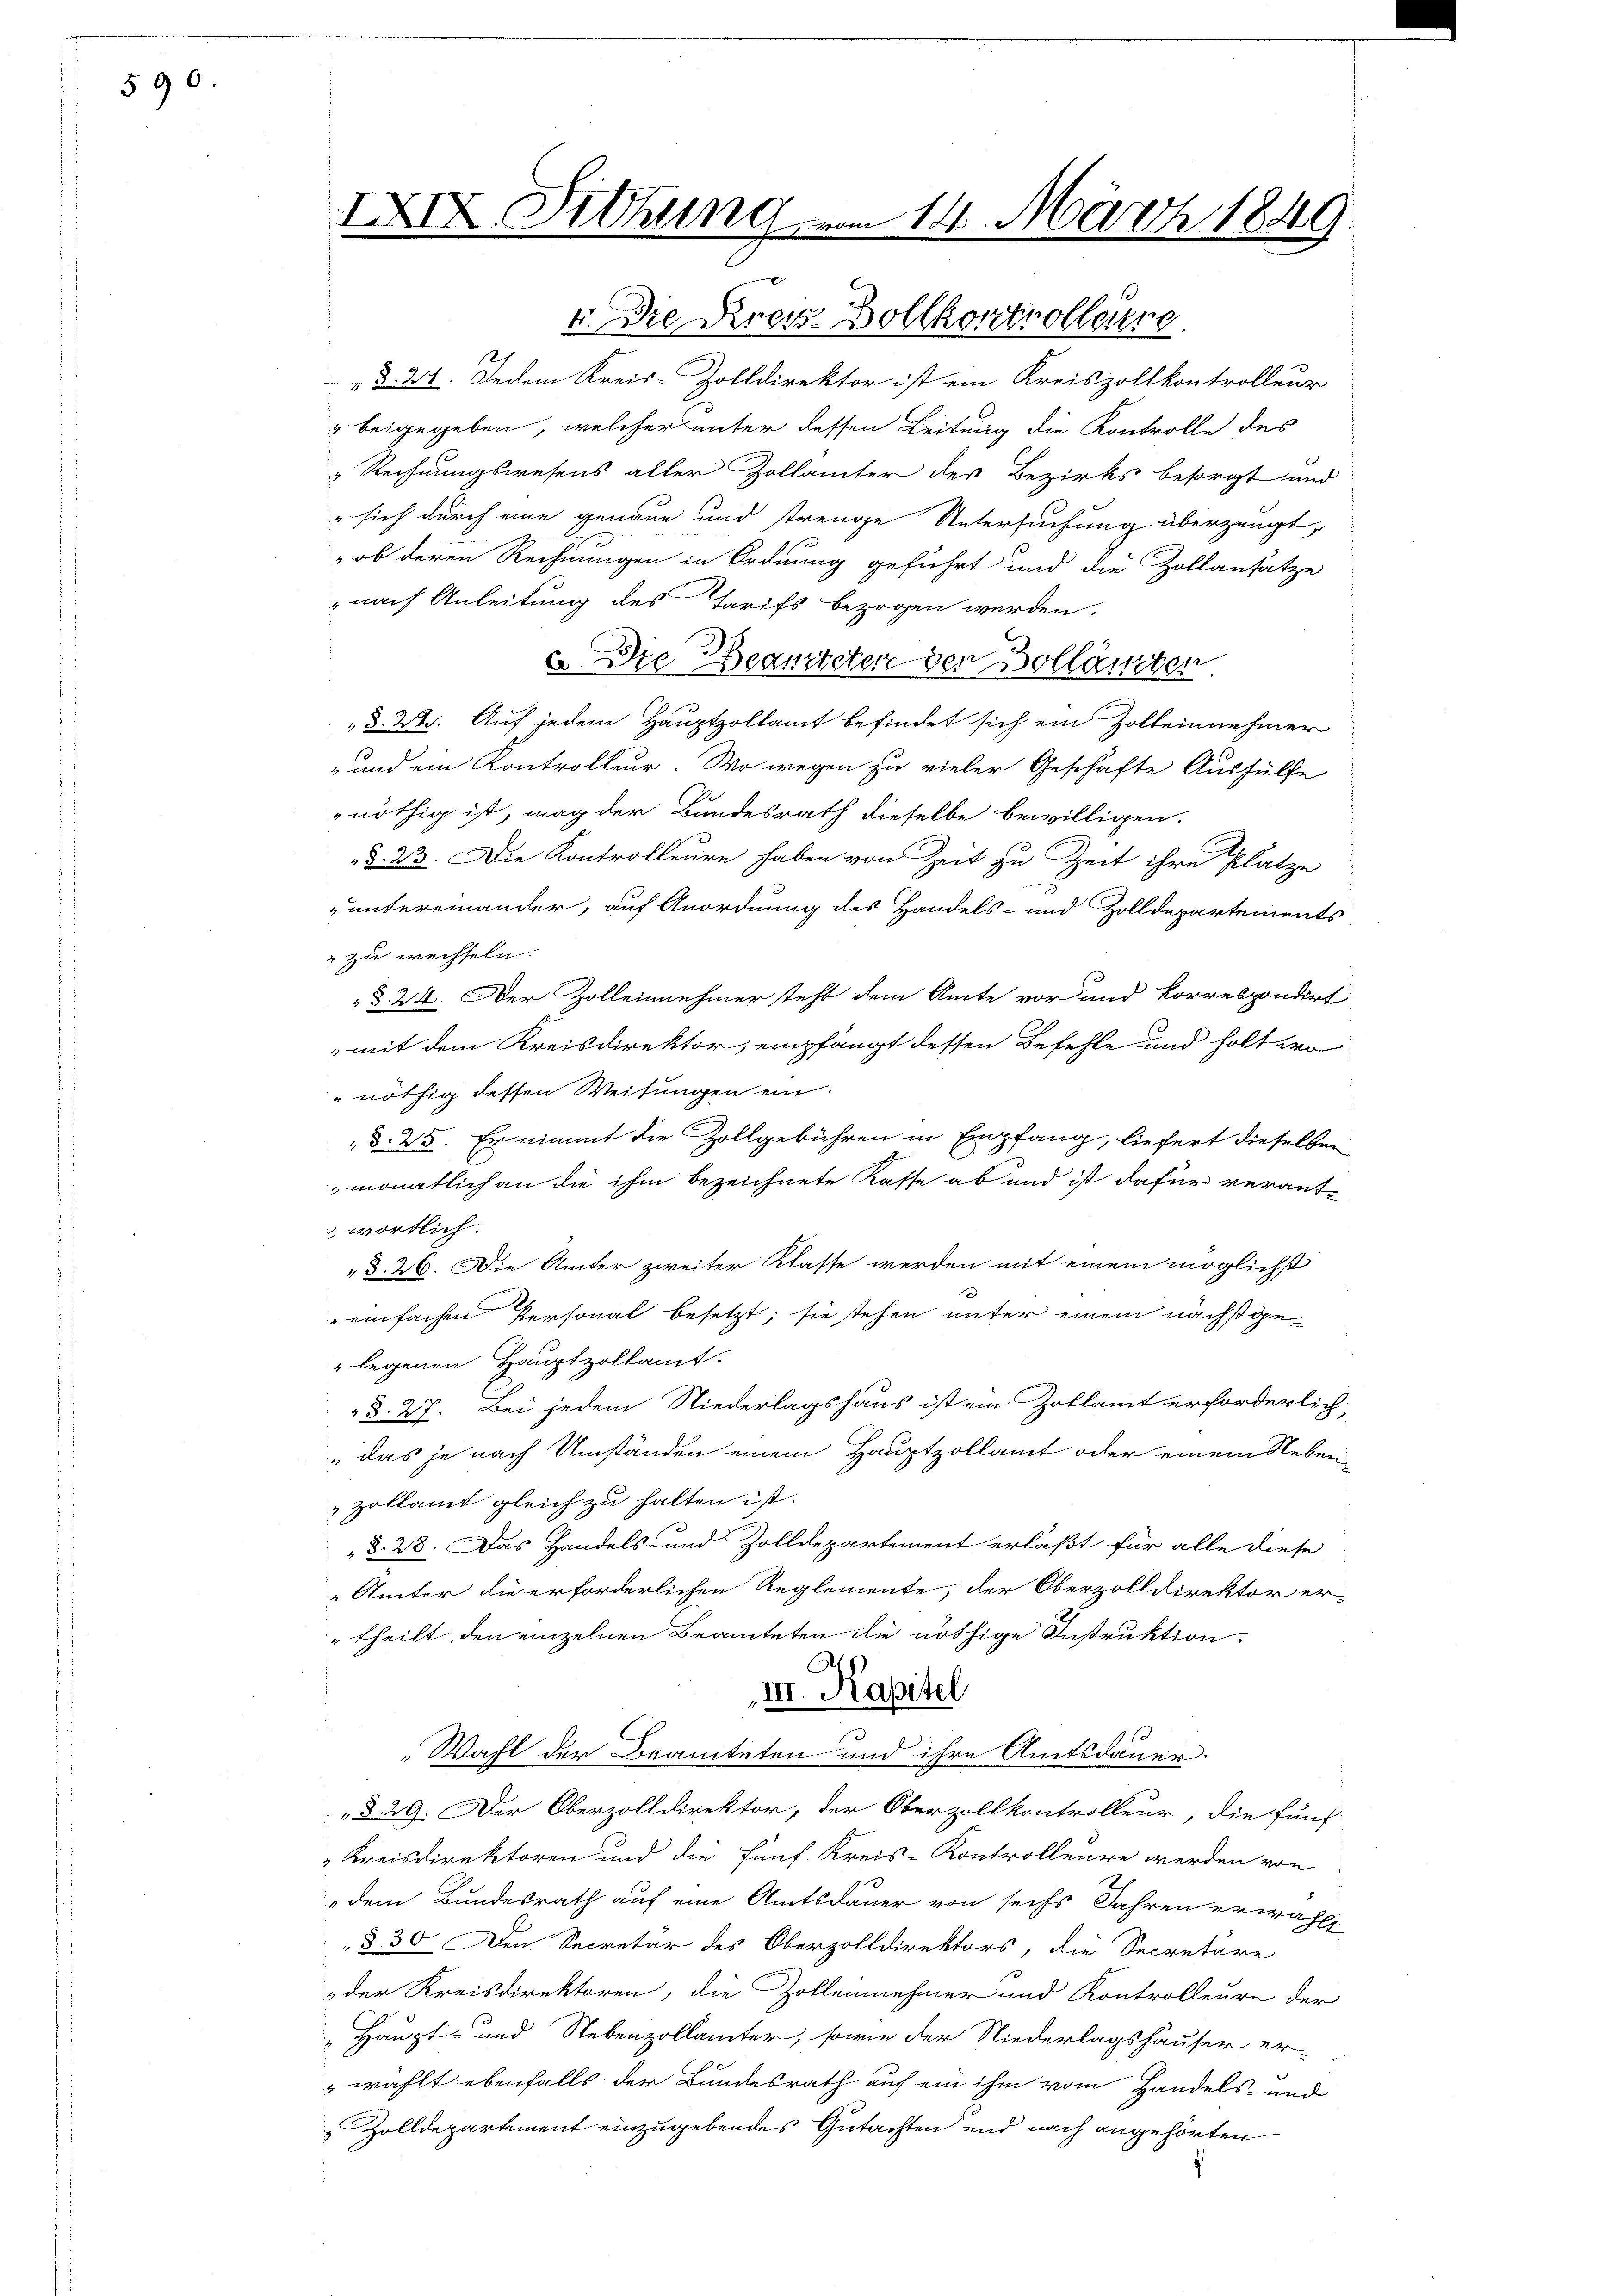
590.

IXIX. Sitzung

„§. 2. Jedem Kreis-Zolldirektor ist ein Kreiszollkontrolleur
" beigegeben, welcher unter dessen Leitung die Kontrolle des
„Rechnungswesens aller Zollämter der Bezirks besorgt und
" sich durch eine genaue und strenge Untersuchung überzeugt,
„ob deren Rechnungen in Ordnung geführt und die Zollansatze
 nach Anleitung des Tarifs bezogen werden.
u. Die Beansteten den Hollämter
 d. 2. Auf jedem Hauptzollamt befindet sich ein Zolleinnehmer
-und ein Kontrolleur. Wo wegen zu vieler Geschäfte Aushülfe
nöthig ist, mag der Bundesrath dieselbe bewilligen.
§. 23. Die Kontrolleure haben von Zeit zu Zeit ihre Platze
n
untereinander, auf Anordnung des Handels- und Zolldepartements
 zu wechseln.
§. 24. Der Zolleinehmer steht dem Amte vor und korrespondirt
mit dem Kreisdirektor, empfängt dessen Befehle und holt wo
nöthig dessen Weisungen ein
d. 25. Er nimmt die Zollgebühren in Empfang, liefert dieselben
monatlich an die ihm bezeichnete Kasse ab und ist dafür verant-
 wörtlich.
§. 26. Die Ämter zweiter Klasse werden mit einem möglichst
einfachen Personal besetzt; sie stehen unter einem nächstge¬
" legenen Hauptzolkamt.
§. 27. Bei jedem Niederlagshaus ist ein Zollamt erforderlich,
"das je nach Umständen einem Hauptzollamt oder einem Nebenzollamt gleich zu halten ist.
§. 28. Das Handels- und Zolldepartement erläßt für alle diese
Umter die erforderlichen Reglemente, der Oberzolldirektor er-
" theilt, den einzelnen Beamteten die nöthige Instruktion.
III. Kapitel
Wahl der Beamteten und ihre Amtsdauer.
§. 29. Der Oberzolldirektor, der Oberzollkontrolleur, die fünf-
Kreisdirektoren und die fünf. Kreis-Kontrolleure werden von
dem Bundesrath auf eine Amtsdauer von sechs Jahren erwählt
§. 30. Den Secretär des Oberzolldirektors, die Secretäre
der Kreisdirektoren, die Zollenehmer und Kontrolleure der
„Haupt- und Nebenzollämter, sowie der Niederlagshäuser er-
" wählt ebenfalls der Bundesrath auf ein ihm vom Handels- und
Zolldepartement einzugebendes Gutachten und nach angehörten

14. März 1849.

I. Die Kreis Vollkontroller.